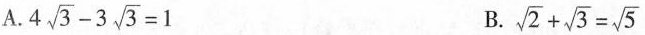
A.$$4 \sqrt{3}-3 \sqrt{3}=1$$ B. $$\sqrt{2}+ \sqrt{3}= \sqrt{5}$$